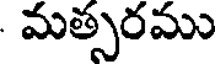
మత్సరము